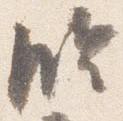
臨